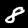
Label: 8